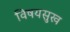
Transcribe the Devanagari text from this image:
विषयसुख